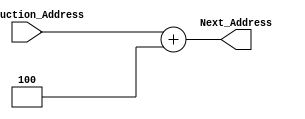

module PCAdder(Instruction_Address, Next_Address);

input [31:0] Instruction_Address;
output [31:0] Next_Address;

assign Next_Address = Instruction_Address + 4;

endmodule